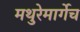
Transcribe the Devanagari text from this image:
मथुरेमार्गेच